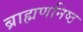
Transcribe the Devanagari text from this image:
ब्राह्मणनिष्ठ